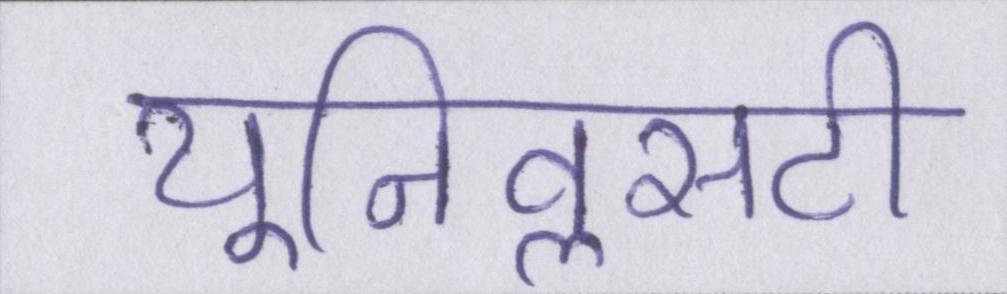
यूनिवॢसटी